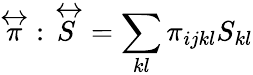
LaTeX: {\stackrel{\leftrightarrow}{\pi}}:{\stackrel{\leftrightarrow}{S}}=\sum_{kl}\pi_{ijkl}S_{kl}